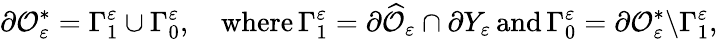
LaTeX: \partial{\mathcal{O}}_{\varepsilon}^{*}=\Gamma_{1}^{\varepsilon}\cup\Gamma_{0}^{\varepsilon},\quad\mathrm{where}\, \Gamma_{1}^{\varepsilon}=\partial\widehat{\mathcal{O}}_{\varepsilon}\cap\partial Y_{\varepsilon}\, \mathrm{and}\, \Gamma_{0}^{\varepsilon}=\partial{\mathcal{O}}_{\varepsilon}^{*}\backslash\Gamma_{1}^{\varepsilon},